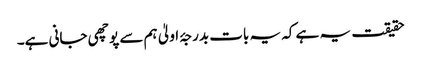
حقیقت یہ ہے کہ یہ بات بدرجۂ اولیٰ ہم سے پوچھی جانی ہے۔